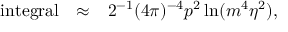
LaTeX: \begin{array} { r c l } { { \mathrm { i n t e g r a l } } } & { { \approx } } & { { \displaystyle 2 ^ { - 1 } ( 4 \pi ) ^ { - 4 } p ^ { 2 } \ln ( m ^ { 4 } \eta ^ { 2 } ) , } } \end{array}